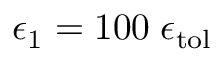
\epsilon _ { 1 } = 1 0 0 \; \epsilon _ { \mathrm { { t o l } } }